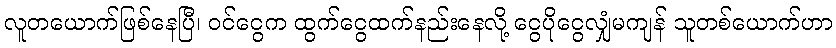
လူတယောက်ဖြစ်နေပြီ၊ ဝင်ငွေက ထွက်ငွေထက်နည်းနေလို့ ငွေပိုငွေလျှံမကျန် သူတစ်ယောက်ဟာ